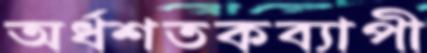
অর্ধশতকব্যাপী